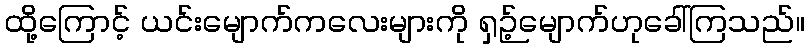
ထို့ကြောင့် ယင်းမျောက်ကလေးများကို ရှဉ့်မျောက်ဟုခေါ်ကြသည်။